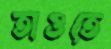
তাওতে